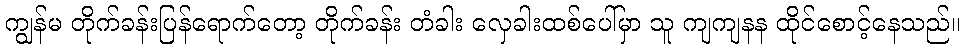
ကျွန်မ တိုက်ခန်းပြန်ရောက်တော့ တိုက်ခန်း တံခါး လှေခါးထစ်ပေါ်မှာ သူ ကျကျနန ထိုင်စောင့်နေသည်။